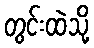
တွင်းထဲသို့